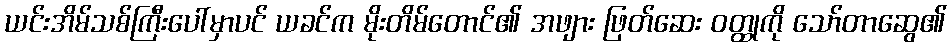
ယင်းအိမ်သစ်ကြီးပေါ်မှာပင် ယခင်က မိုးတိမ်တောင်၏ အဖျား ဖြတ်ဆေး ဝတ္ထုကို သော်တာဆွေ၏